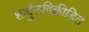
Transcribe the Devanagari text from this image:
शार्दुलविक्रीडित